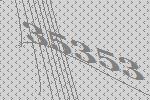
35353